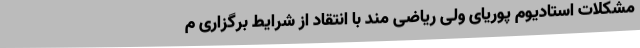
مشکلات استادیوم پوریای ولی ریاضی مند با انتقاد از شرایط برگزاری م